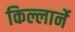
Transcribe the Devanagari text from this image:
किल्लार्ने